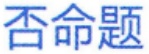
否命题